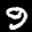
Label: 9